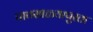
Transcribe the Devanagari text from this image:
पावसाळ्यापुरता